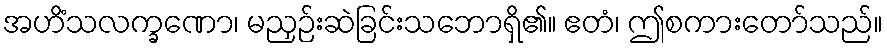
အဟိံသလက္ခဏော၊ မညှဉ်းဆဲခြင်းသဘောရှိ၏။ ဧတံ၊ ဤစကားတော်သည်။